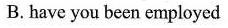
B.have you been employed